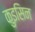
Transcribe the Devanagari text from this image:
कुइसिन